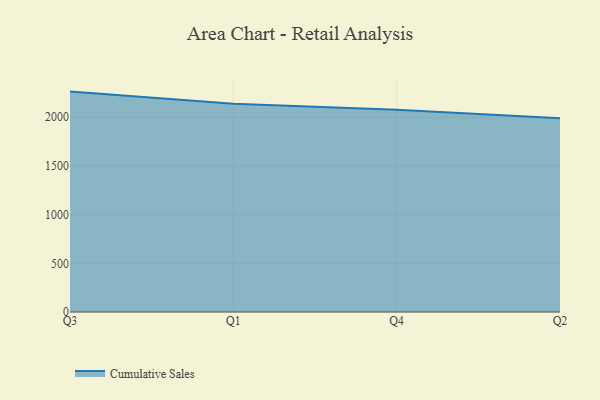
{"axis": {"x": "Quarter", "y": "Revenue (USD Million)"}, "legend": ["Cumulative Sales"], "data": [{"x": "Q3", "y": 2263.2, "type": "Cumulative Sales"}, {"x": "Q1", "y": 2139.0, "type": "Cumulative Sales"}, {"x": "Q4", "y": 2076.9, "type": "Cumulative Sales"}, {"x": "Q2", "y": 1988.4, "type": "Cumulative Sales"}]}